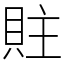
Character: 䝬